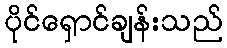
ပိုင်ရှောင်ချန်းသည်